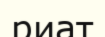
риат